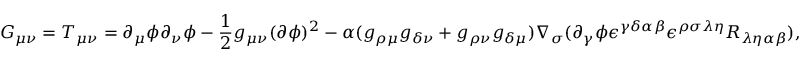
G _ { \mu \nu } = T _ { \mu \nu } = \partial _ { \mu } \phi \partial _ { \nu } \phi - \frac { 1 } { 2 } g _ { \mu \nu } ( \partial \phi ) ^ { 2 } - \alpha ( g _ { \rho \mu } g _ { \delta \nu } + g _ { \rho \nu } g _ { \delta \mu } ) \nabla _ { \sigma } ( \partial _ { \gamma } \phi \epsilon ^ { \gamma \delta \alpha \beta } \epsilon ^ { \rho \sigma \lambda \eta } R _ { \lambda \eta \alpha \beta } ) ,